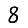
Digit: 8